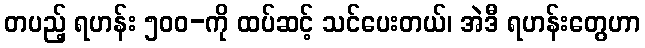
တပည့် ရဟန်း ၅၀၀-ကို ထပ်ဆင့် သင်ပေးတယ်၊ အဲဒီ ရဟန်းတွေဟာ